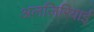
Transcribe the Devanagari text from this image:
अलज़िरियाई